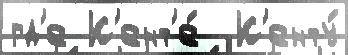
гд'е К'ент'е́  К'енту́